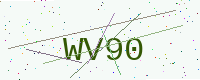
Text: WV90